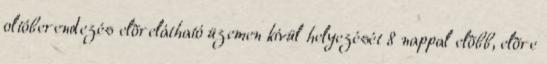
oltóberendezés elõrelátható üzemen kívül helyezését 8 nappal elõbb, elõre